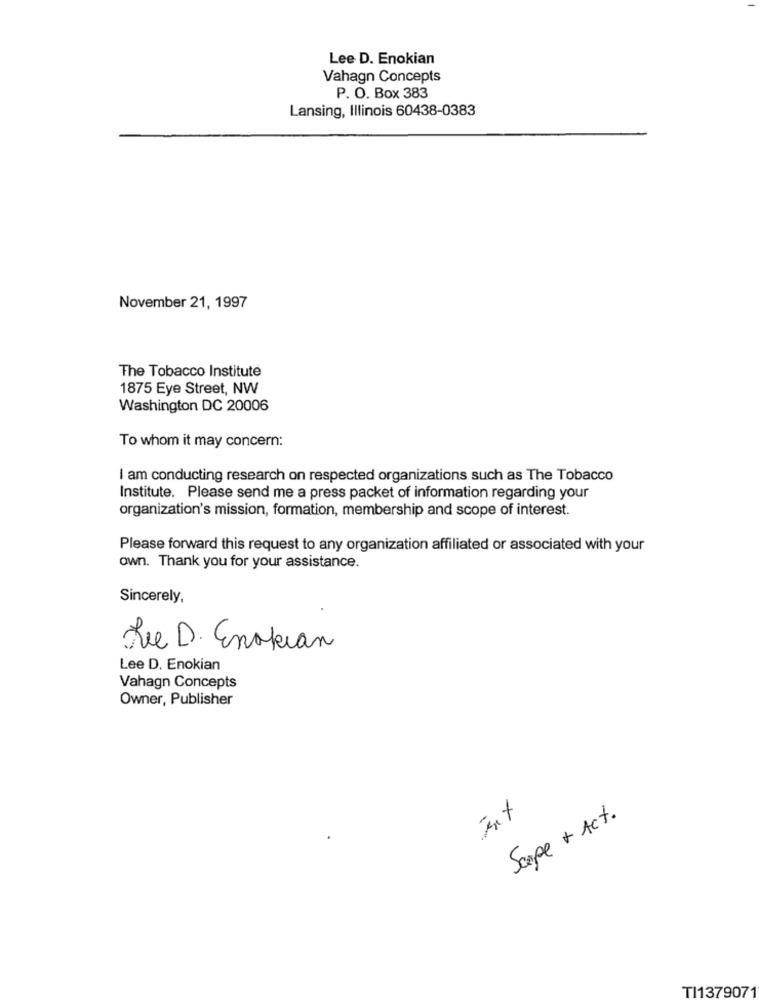
Lee D. Enokian
Vahagn Concepts
P. O. Box 383
Lansing, Illinois 60438-0383
November 21, 1997
The Tobacco Institute
1875 Eye Street, NW
Washington DC 20006
To whom it may concern:
I am conducting research on respected organizations such as The Tobacco
Institute. Please send me a press packet of information regarding your
organization's mission, formation, membership and scope of interest.
Please forward this request to any organization affiliated or associated with your
own. Thank you for your assistance.
Sincerely,
Rue D. Enokian
Lee D. Enokian
Vahagn Concepts
Owner, Publisher
Scape + Act.
TI1379071